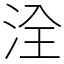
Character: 洤